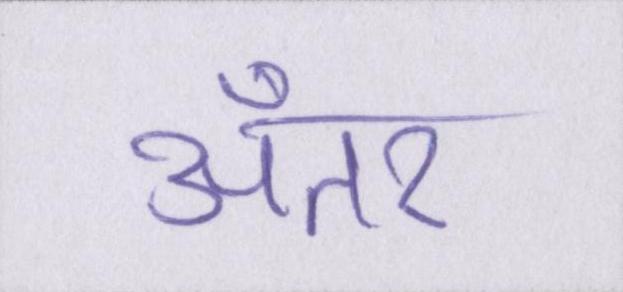
अँतर